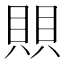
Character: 賏